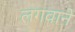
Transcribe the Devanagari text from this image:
लगवानें